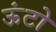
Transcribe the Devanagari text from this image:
ऊंटो